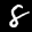
Label: 8